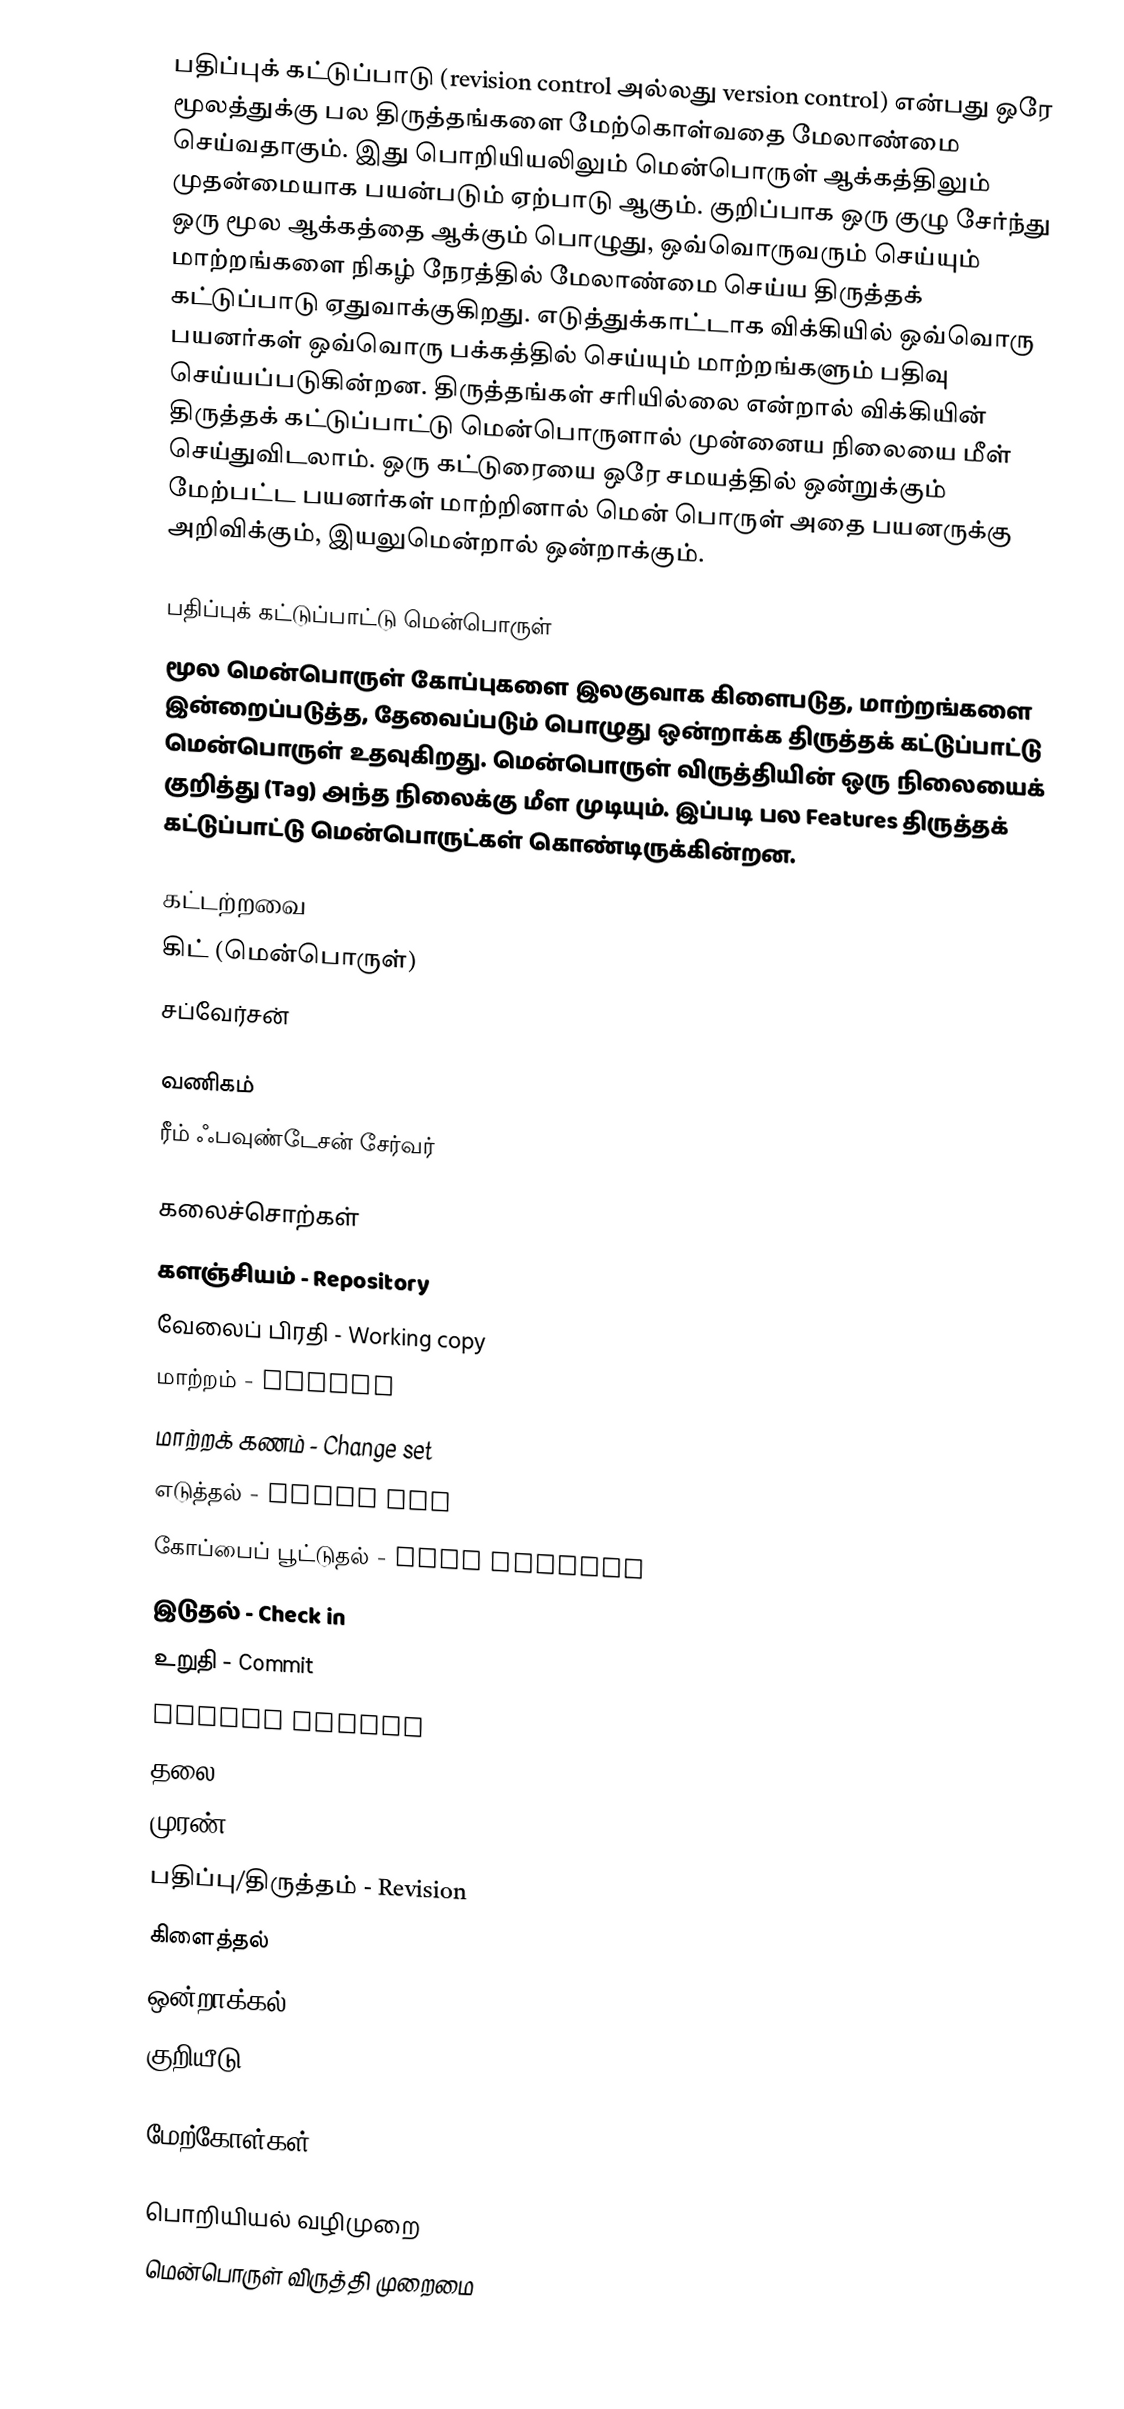
பதிப்புக் கட்டுப்பாடு (revision control அல்லது version control) என்பது ஒரே மூலத்துக்கு பல திருத்தங்களை மேற்கொள்வதை மேலாண்மை செய்வதாகும். இது பொறியியலிலும் மென்பொருள் ஆக்கத்திலும் முதன்மையாக பயன்படும் ஏற்பாடு ஆகும். குறிப்பாக ஒரு குழு சேர்ந்து ஒரு மூல ஆக்கத்தை ஆக்கும் பொழுது, ஒவ்வொருவரும் செய்யும் மாற்றங்களை நிகழ் நேரத்தில் மேலாண்மை செய்ய திருத்தக் கட்டுப்பாடு ஏதுவாக்குகிறது. எடுத்துக்காட்டாக விக்கியில் ஒவ்வொரு பயனர்கள் ஒவ்வொரு பக்கத்தில் செய்யும் மாற்றங்களும் பதிவு செய்யப்படுகின்றன. திருத்தங்கள் சரியில்லை என்றால் விக்கியின் திருத்தக் கட்டுப்பாட்டு மென்பொருளால் முன்னைய நிலையை மீள் செய்துவிடலாம். ஒரு கட்டுரையை ஒரே சமயத்தில் ஒன்றுக்கும் மேற்பட்ட பயனர்கள் மாற்றினால் மென் பொருள் அதை பயனருக்கு அறிவிக்கும், இயலுமென்றால் ஒன்றாக்கும்.

பதிப்புக் கட்டுப்பாட்டு மென்பொருள்
மூல மென்பொருள் கோப்புகளை இலகுவாக கிளைபடுத, மாற்றங்களை இன்றைப்படுத்த, தேவைப்படும் பொழுது ஒன்றாக்க திருத்தக் கட்டுப்பாட்டு மென்பொருள் உதவுகிறது. மென்பொருள் விருத்தியின் ஒரு நிலையைக் குறித்து (Tag) அந்த நிலைக்கு மீள முடியும்.  இப்படி பல Features திருத்தக் கட்டுப்பாட்டு மென்பொருட்கள் கொண்டிருக்கின்றன.

கட்டற்றவை
 கிட் (மென்பொருள்)
 சப்வேர்சன்

வணிகம்
 ரீம் ஃபவுண்டேசன் சேர்வர்

கலைச்சொற்கள்
 களஞ்சியம் - Repository
 வேலைப் பிரதி - Working copy
 மாற்றம் - Change
 மாற்றக் கணம் - Change set
 எடுத்தல் - Check out
 கோப்பைப் பூட்டுதல் - File locking
 இடுதல் - Check in
 உறுதி - Commit
 Atomic Commit
 தலை - Head
 முரண் - Conflict
 பதிப்பு/திருத்தம் - Revision
 கிளைத்தல்
 ஒன்றாக்கல்
 குறியீடு - Label/Tag

மேற்கோள்கள்

பொறியியல் வழிமுறை
மென்பொருள் விருத்தி முறைமை